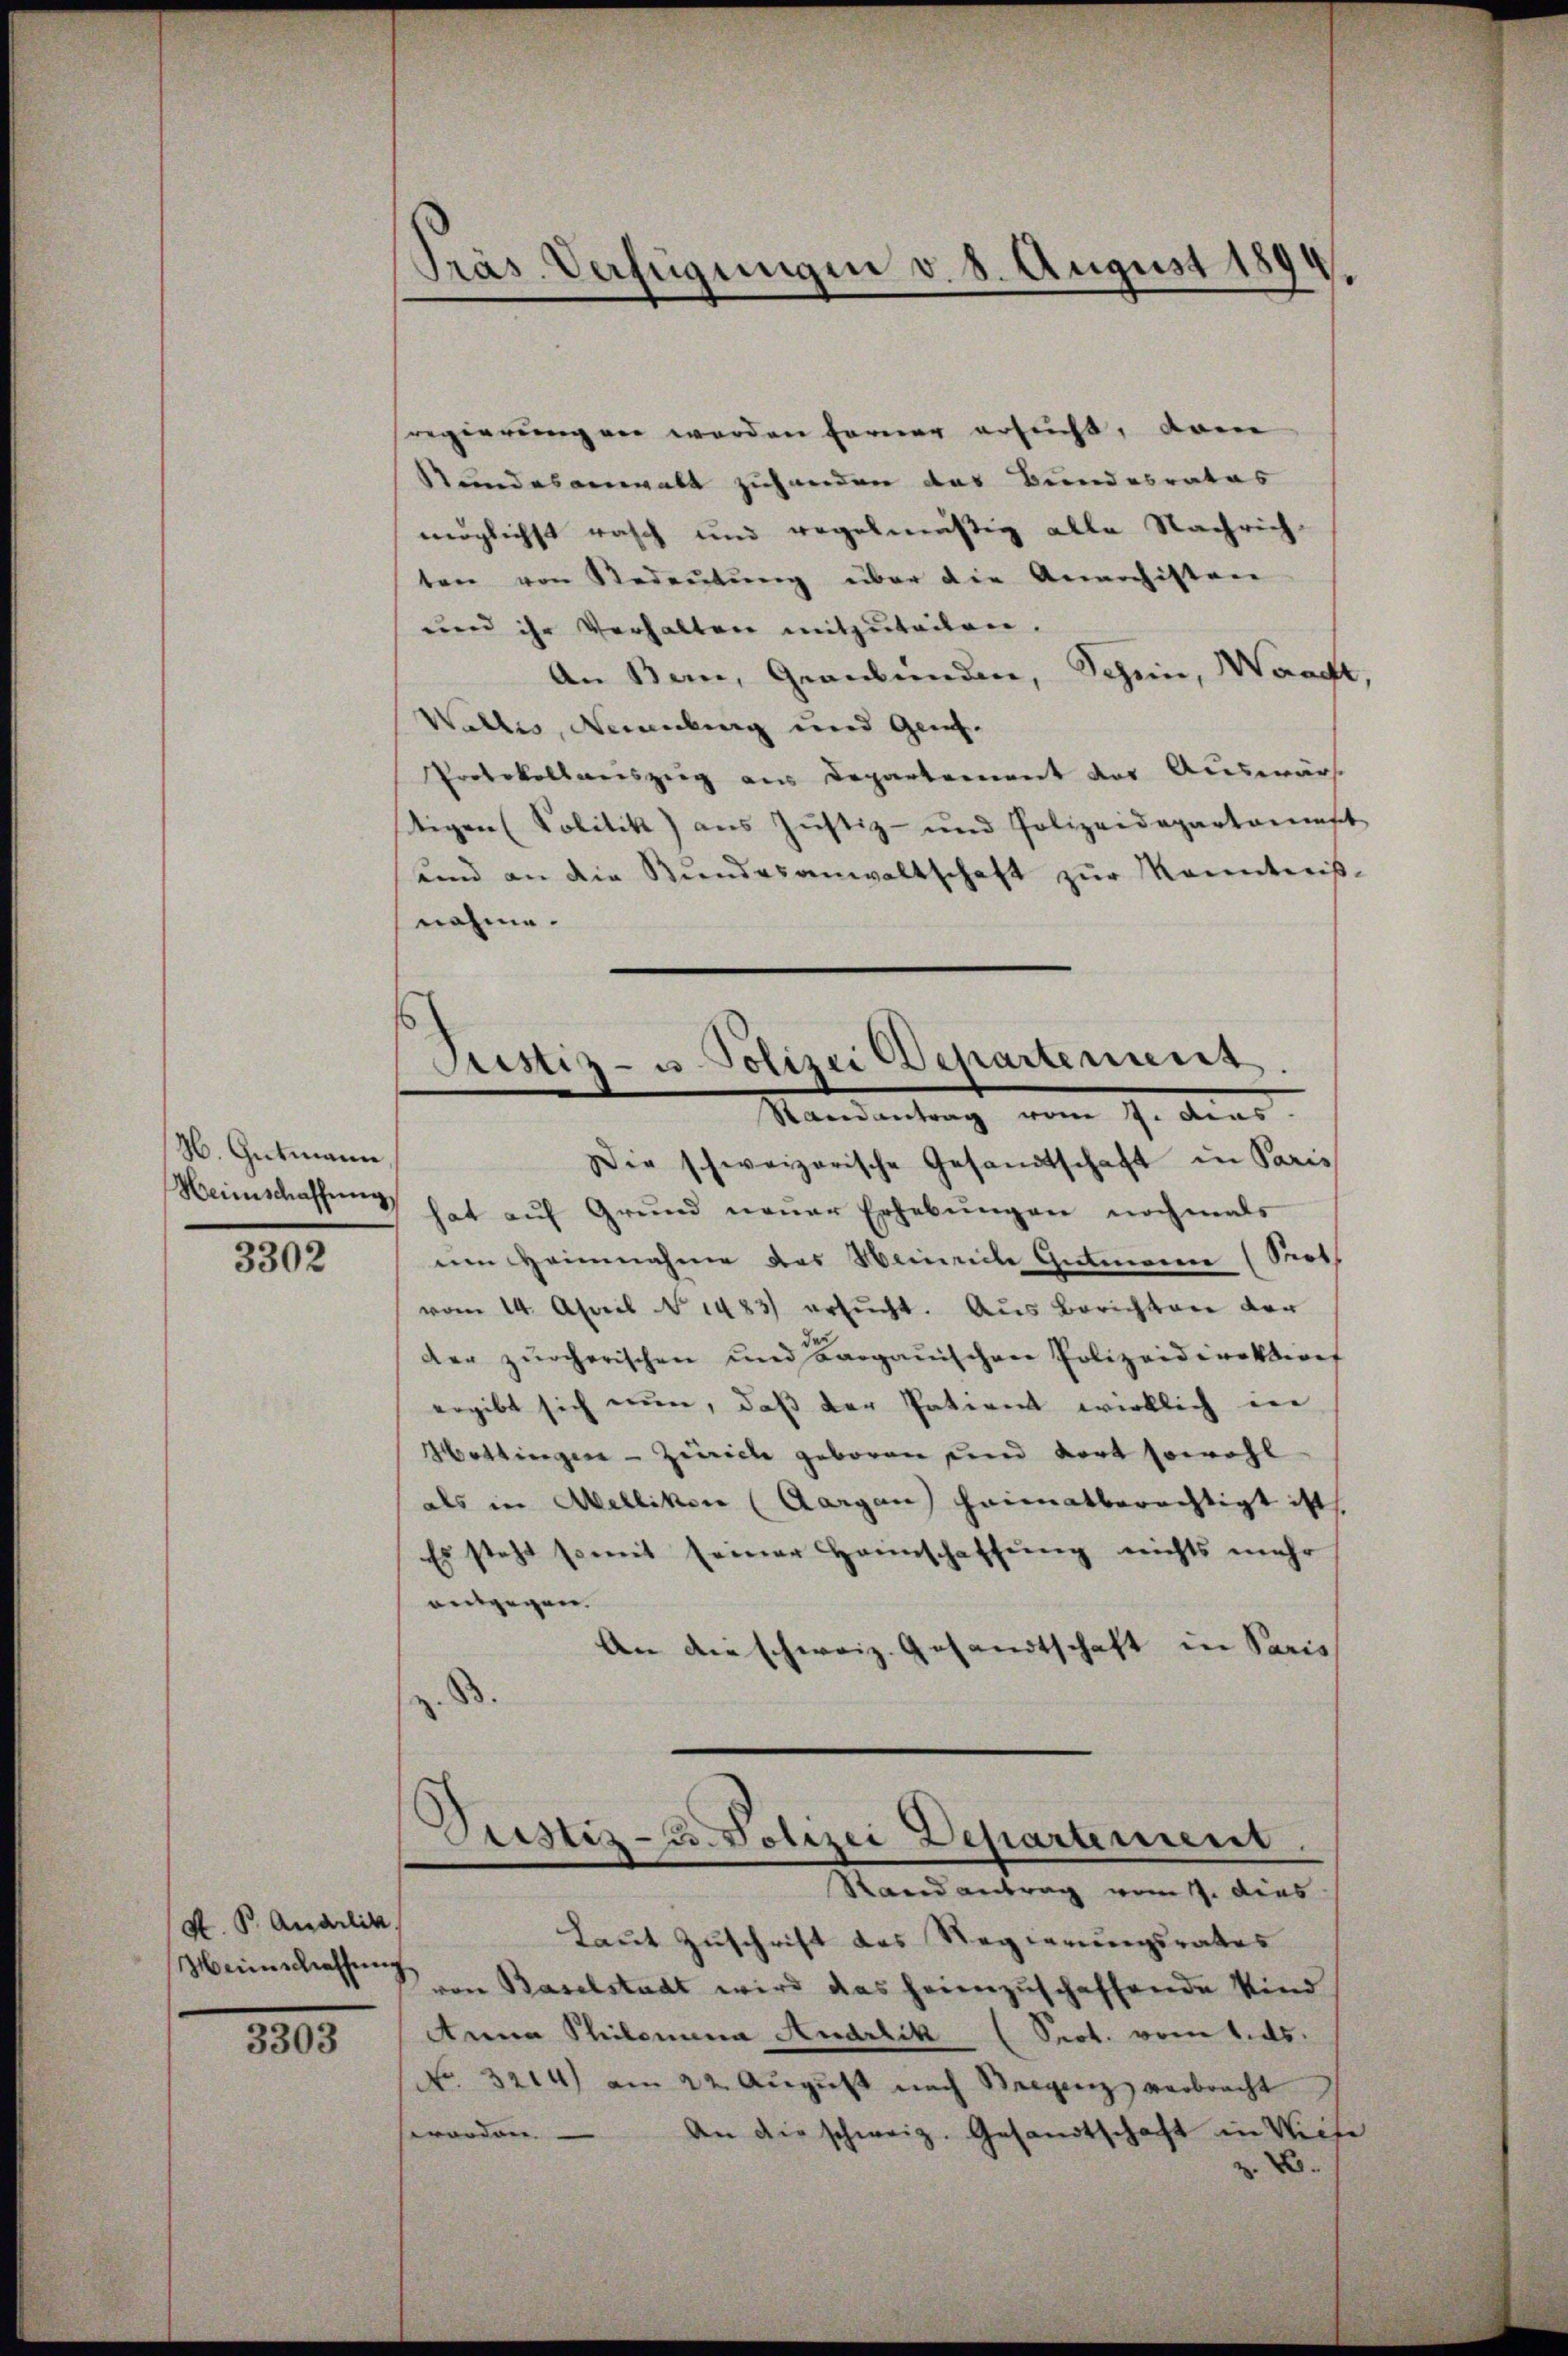
H. Gutmann
Heimschaffung

3302

K. B. Quarlic
Meinschaffung

3303

Präs. Verfügungen v. 8. August 1894
e

regierungen werden ferner ersucht, dam
Stundesanwalt zuhanden das Bundesrates
möglichst rasch und regelmäßig alle Nachrich-
ten von Redeutung über die Anarchisten
und ihr Verhalten mitzuteilen.
An Bern, Graubünden, Schin, Waadt,
Wallis, Neuenburg und Genf.
Protokollauszug aus Departement der Auswärs
tigen (Politik) aus Justiz- und Polizeidepartanst
ŭnd an die Bŭndesanwaltschaft zŭr Kenntnis-
nahme.
Die schweizerische Gesandtschaft in Paris
hat auf Grund neuer Erhebungen nochmals
em Heinnahme des Heinreite Gutmanne (Sot
vom 14. April 1483 ersŭcht. Aus Berichten der
der zürcherischen und Bargauischen Polizeidirekterof
ergibt sich nun, daß der Patient wirklich in
Hottingen - Zürich geboren und dort sowohl
als in Aellikon (Aargau heimatberechtigt ist
Es steht somit seiner Heimschaffung nichts mehr
antgegen.
An die schweiz. Gesandtschaft in Paris
.

Justiz- u. Polizei Departement.
Randantrag vom 7. dies

Justiz- u. Polizei Departement.
Stand antrag vom 17. dies

Laut Zuschrift das Regierungsrates
von Baselstadt wird das heimzuschaffende Kind
Anna Philomina Audrlik (Seot. vom 1. ds.
No. 3214) am 22. Aŭgŭst nach Seegenz verbracht
worden. An die schweiz. Gesandtschaft in Victe
.